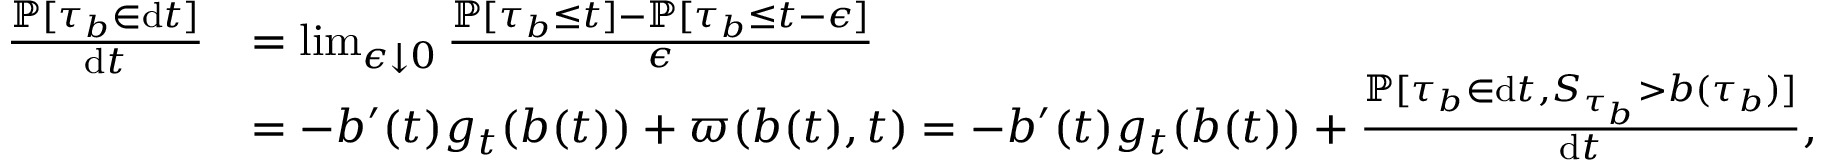
\begin{array} { r l } { \frac { \mathbb { P } [ \tau _ { b } \in \mathrm { d } t ] } { \mathrm { d } t } } & { = \operatorname* { l i m } _ { \epsilon \downarrow 0 } \frac { \mathbb { P } [ \tau _ { b } \leq t ] - \mathbb { P } [ \tau _ { b } \leq t - \epsilon ] } { \epsilon } } \\ & { = - b ^ { \prime } ( t ) g _ { t } ( b ( t ) ) + \varpi ( b ( t ) , t ) = - b ^ { \prime } ( t ) g _ { t } ( b ( t ) ) + \frac { \mathbb { P } [ \tau _ { b } \in \mathrm { d } t , S _ { \tau _ { b } } > b ( \tau _ { b } ) ] } { \mathrm { d } t } , } \end{array}